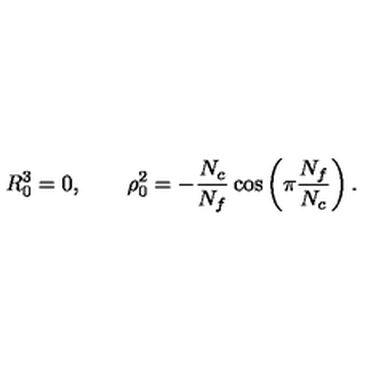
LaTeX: R _ { 0 } ^ { 3 } = 0 , \qquad \rho _ { 0 } ^ { 2 } = - \frac { N _ { c } } { N _ { f } } \cos \left( \pi \frac { N _ { f } } { N _ { c } } \right) .